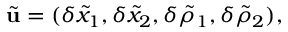
\tilde { \mathbf { u } } = ( \delta \tilde { x } _ { 1 } , \delta \tilde { x } _ { 2 } , \delta \tilde { \rho } _ { 1 } , \delta \tilde { \rho } _ { 2 } ) ,